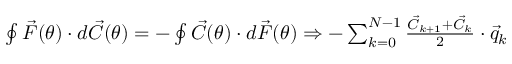
\begin{array} { r } { \oint \vec { F } ( \theta ) \cdot d \vec { C } ( \theta ) = - \oint \vec { C } ( \theta ) \cdot d \vec { F } ( \theta ) \Rightarrow - \sum _ { k = 0 } ^ { N - 1 } \frac { \vec { C } _ { k + 1 } + \vec { C } _ { k } } { 2 } \cdot \vec { q } _ { k } } \end{array}